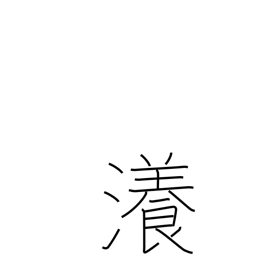
Meaning: vast